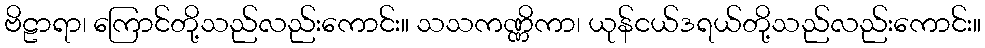
ဗိဠာရာ၊ ကြောင်တို့သည်လည်းကောင်း။ သသကဏ္ဏိကာ၊ ယုန်ငယ်ဒရယ်တို့သည်လည်းကောင်း။